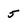
Character: 5